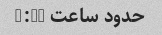
حدود ساعت 3:30